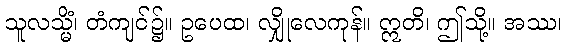
သူလသ္မိံ၊ တံကျင်၌။ ဥပေထ၊ လျှိုလေကုန်။ ဣတိ၊ ဤသို့။ အဿ၊